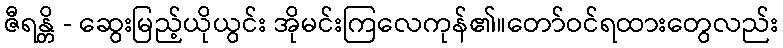
ဇီရန္တိ - ဆွေးမြည့်ယိုယွင်း အိုမင်းကြလေကုန်၏။တော်ဝင်ရထားတွေလည်း